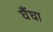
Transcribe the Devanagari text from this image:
घैंघा